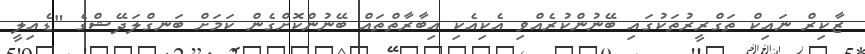
ޒާކިރް ނައިކް ތަގްރީރުތަކުގައި ބޭނުންކުރެއްވި އެކިއެކި އިބާރާތްތައް ބޭނުންކޮށްގެން ކަމަށް ބަނގްލަދޭޝްގެ "ޑެއިލީ